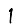
Digit: 1